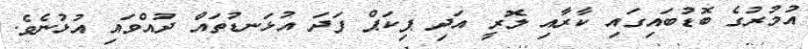
އުމުރުގެ ބޮޑުބައިގައި ކާރާއި ލޮރީ އަދި ޕިކަޕް ފަދަ އުޅަނޑުތައް ދުއްވައި އުޅުނެވެ.